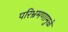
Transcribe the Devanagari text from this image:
परिभ्रमणामुळे